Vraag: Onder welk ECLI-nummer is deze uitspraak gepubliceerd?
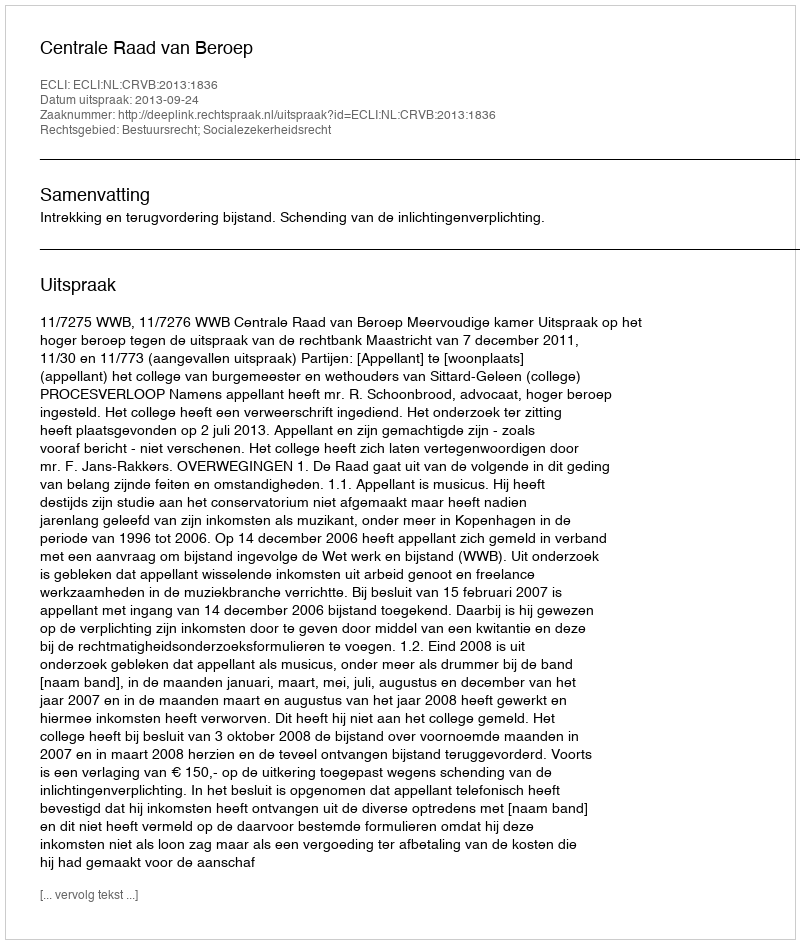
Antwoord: ECLI:NL:CRVB:2013:1836